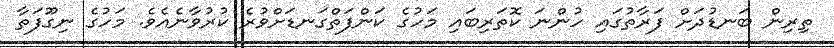
ތިރިން ބަނޑުދަށް ފަރާތުގައި ހުންނަ ކޮތަރިބައި މަހުގެ ކަންފަތްގަނޑަށްވުރެ ކުރުވާނެއެވެ. މަހުގެ ނިގޫފަތާ